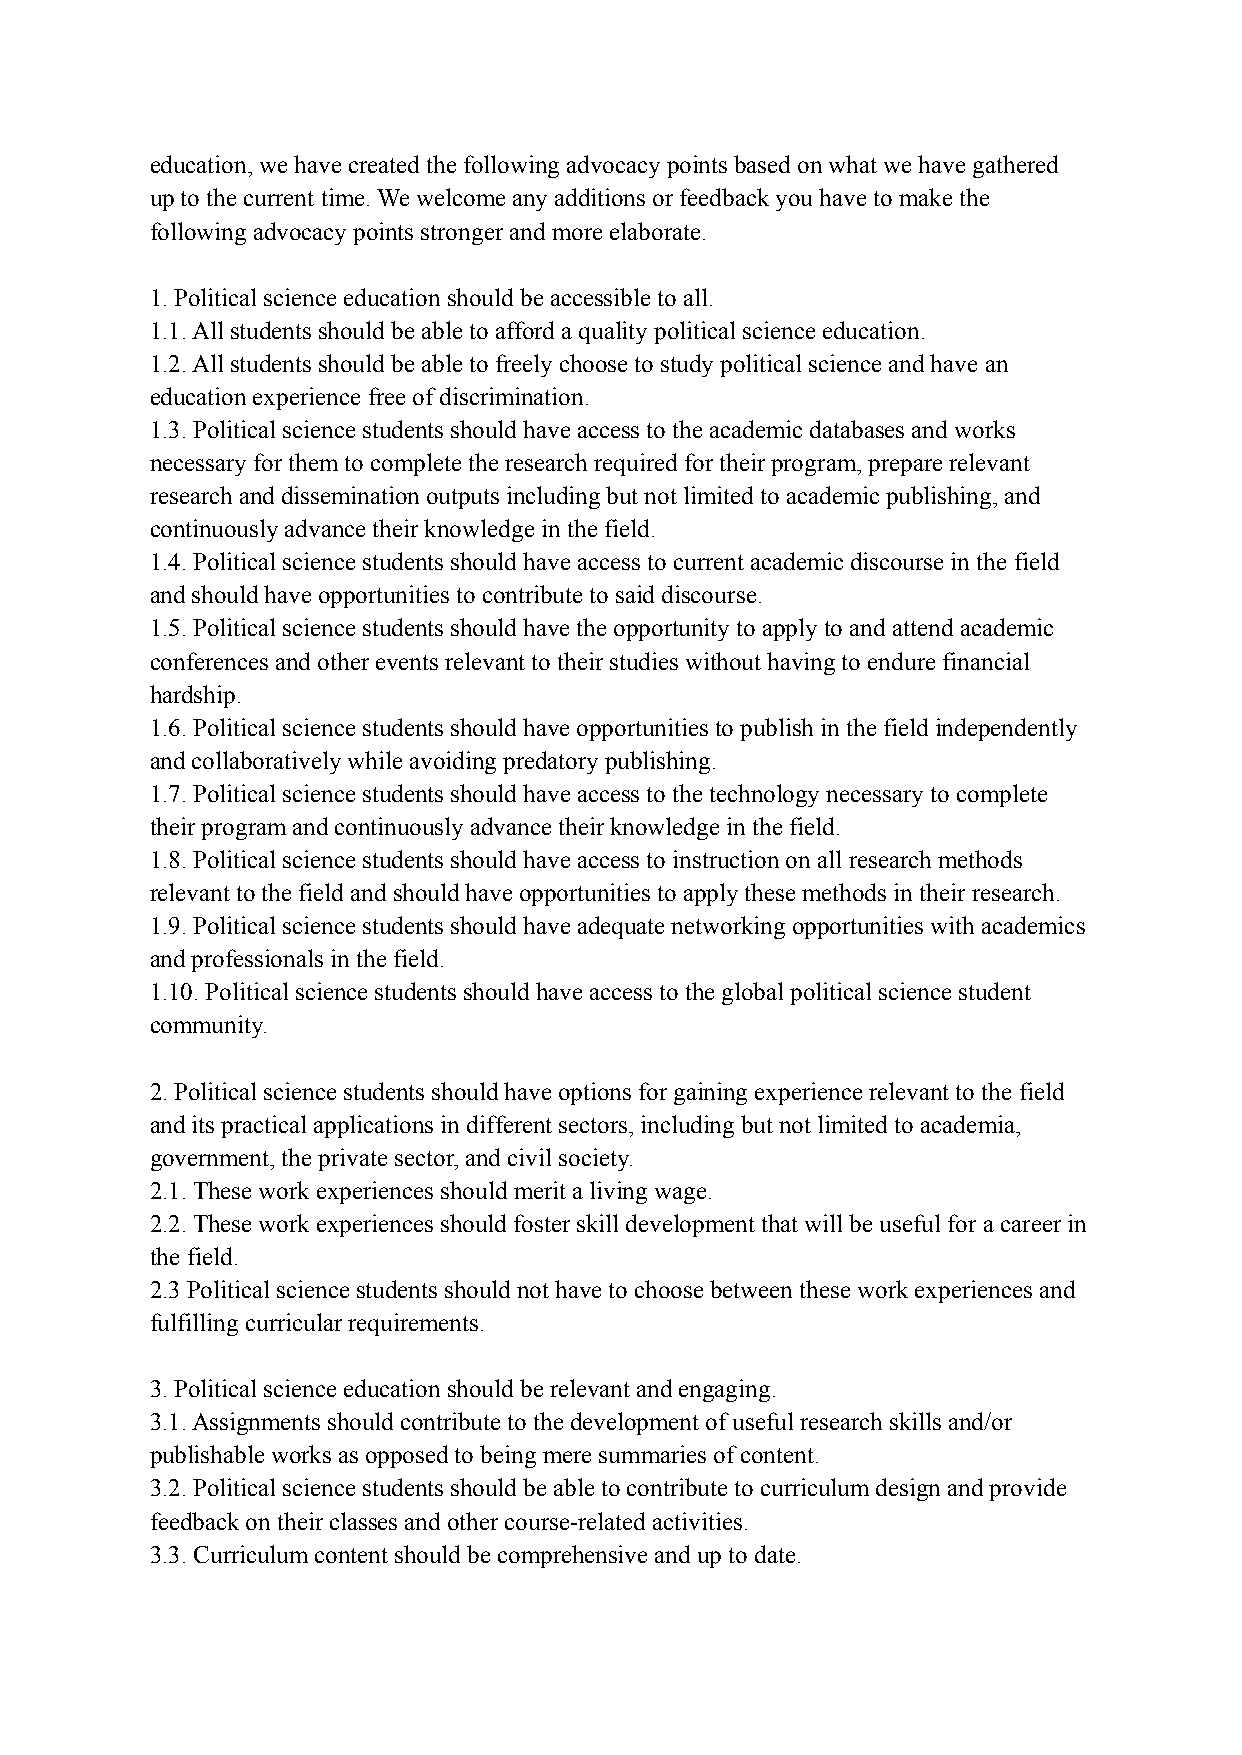
education, we have created the following advocacy points based on what we have gathered
 up to the current time. We welcome any additions or feedback you have to make the
 following advocacy points stronger and more elaborate.
 1. Political science education should be accessible to all.
 1.1. All students should be able to afford a quality political science education.
 1.2. All students should be able to freely choose to study political science and have an
 education experience free of discrimination.
 1.3. Political science students should have access to the academic databases and works
 necessary for them to complete the research required for their program, prepare relevant
 research and dissemination outputs including but not limited to academic publishing, and
 continuously advance their knowledge in the field.
 1.4. Political science students should have access to current academic discourse in the field
 and should have opportunities to contribute to said discourse.
 1.5. Political science students should have the opportunity to apply to and attend academic
 conferences and other events relevant to their studies without having to endure financial
 hardship.
 1.6. Political science students should have opportunities to publish in the field independently
 and collaboratively while avoiding predatory publishing.
 1.7. Political science students should have access to the technology necessary to complete
 their program and continuously advance their knowledge in the field.
 1.8. Political science students should have access to instruction on all research methods
 relevant to the field and should have opportunities to apply these methods in their research.
 1.9. Political science students should have adequate networking opportunities with academics
 and professionals in the field.
 1.10. Political science students should have access to the global political science student
 community.
 2. Political science students should have options for gaining experience relevant to the field
 and its practical applications in different sectors, including but not limited to academia,
 government, the private sector, and civil society.
 2.1. These work experiences should merit a living wage.
 2.2. These work experiences should foster skill development that will be useful for a career in
 the field.
 2.3 Political science students should not have to choose between these work experiences and
 fulfilling curricular requirements.
 3. Political science education should be relevant and engaging.
 3.1. Assignments should contribute to the development of useful research skills and/or
 publishable works as opposed to being mere summaries of content.
 3.2. Political science students should be able to contribute to curriculum design and provide
 feedback on their classes and other course-related activities.
 3.3. Curriculum content should be comprehensive and up to date.